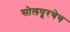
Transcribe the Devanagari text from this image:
सोलपूरचेच